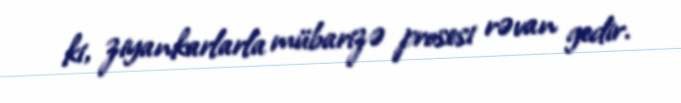
ki, ziyankarlarla mübarizə prosesi rəvan gedir.